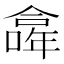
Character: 𠏎